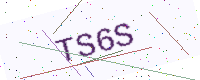
Text: TS6S